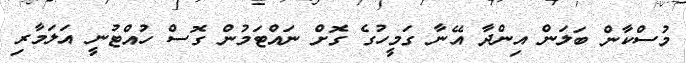
މުސްކާން ބަލަން އިންދާ އޭނާ ގަމީހުގެ ގޮށް ނައްޓަމުން ގޮސް ހުއްޓުނީ އަލަމާރި